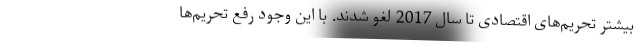
بیشتر تحریم‌های اقتصادی تا سال 2017 لغو شدند. با این وجود رفع تحریم‌ها